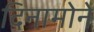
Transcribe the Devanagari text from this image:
दिनामोने